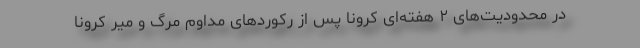
در محدودیت‌های ۲ هفته‌ای کرونا پس از رکوردهای مداوم مرگ و میر کرونا